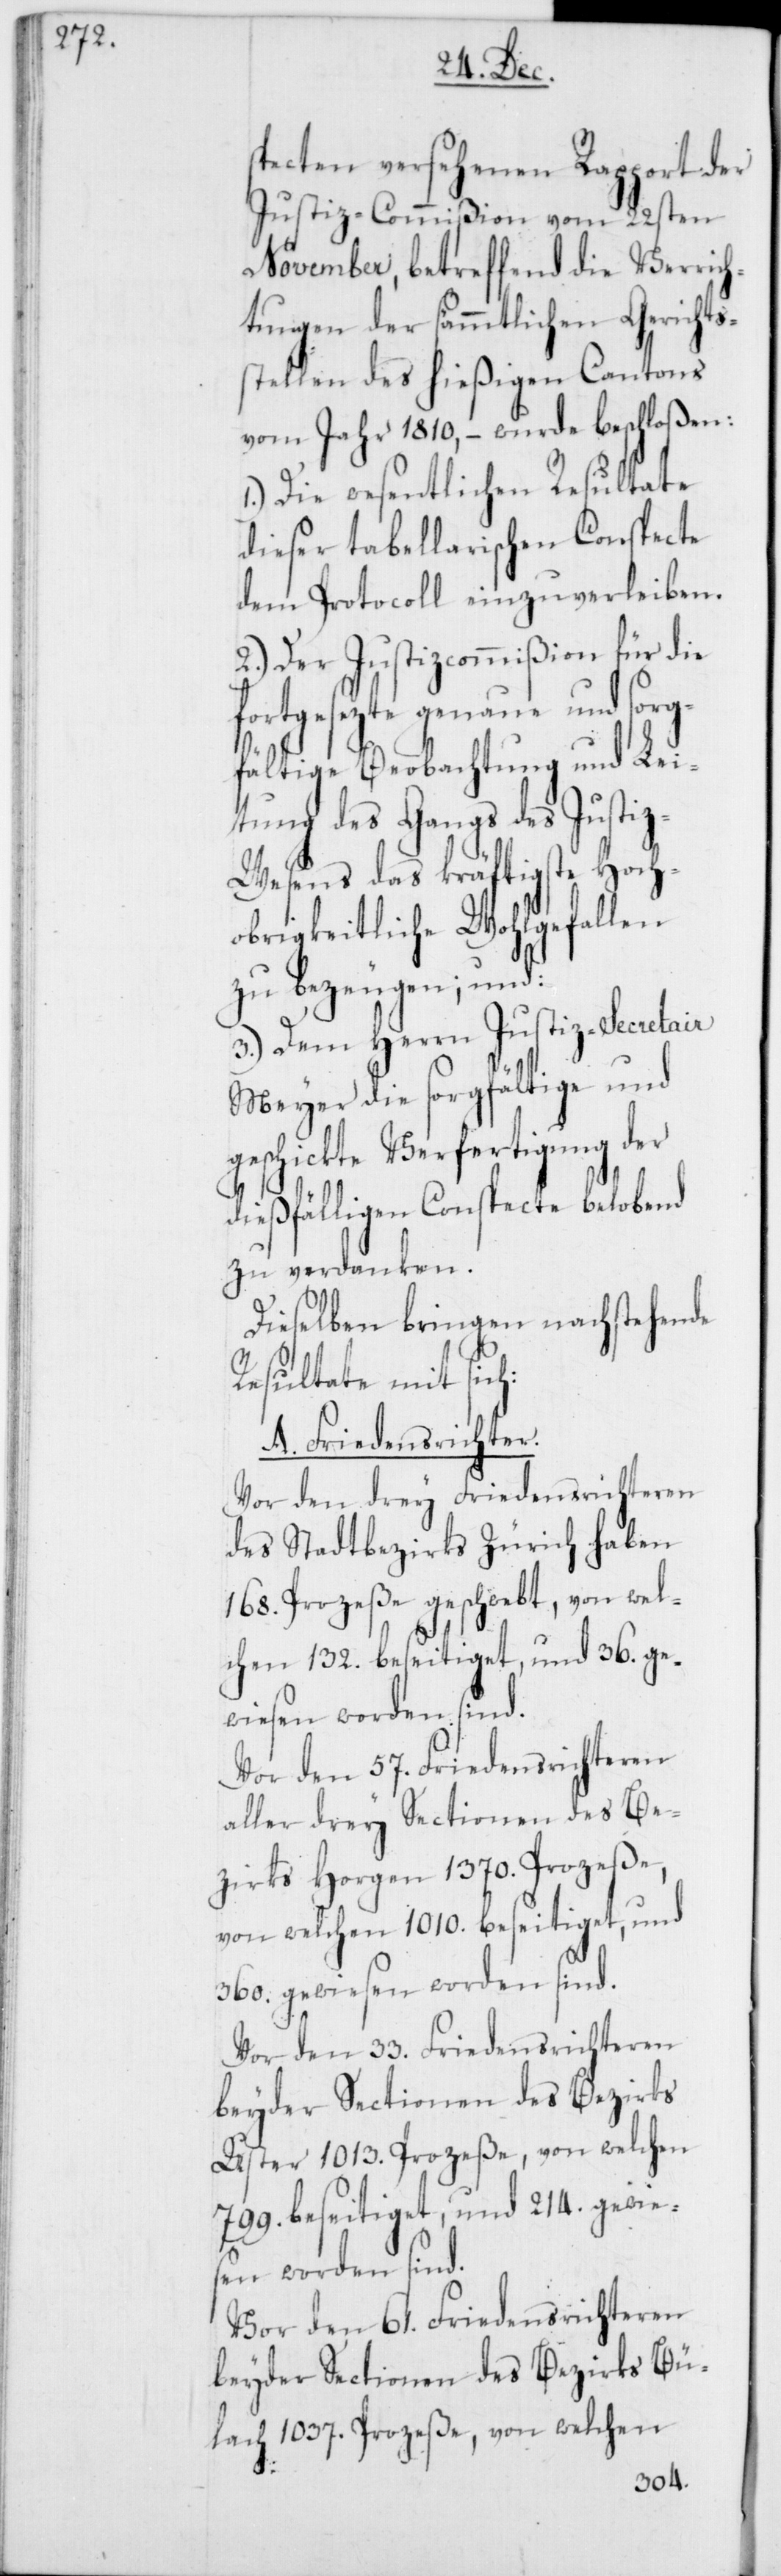
specten versehenen Rapport der
Justiz-Commißion vom 22sten
November, betreffend die Verrich¬
tungen der sämmtlichen Gerichts¬
stellen des hießigen Cantons
vom Jahr 1810, – wurde beschloßen:
1.) Die wesentlichen Resultate
dieser tabellarischen Conspecte
dem Protocoll einzuverleiben.
2.) Der Justizcommißion für die
fortgesezte genaue und sorg¬
fältige Beobachtung und Lei¬
tung des Gangs des Justi¬
z-Wesens das kräftigste Hoch¬
obrigkeitliche Wohlgefallen
zu bezeugen, und:
3.) Dem Herrn Justiz-Secretair
Meyer die sorgfältige und
geschickte Verfertigung der
dießfälligen Conspecte belobend
zu verdanken.
Dieselben bringen nachstehende
Resultate mit sich:
A. Friedensrichter.
Vor den drey Friedensrichteren
des Stadtbezirks Zürich haben
168. Prozeße geschwebt, von wel¬
chen 132. beseitiget, und 36. ge¬
wiesen worden sind.
Vor den 57. Friedensrichteren
aller drey Sectionen des Be¬
zirks Horgen 1370. Prozeße,
von welchen 1010. beseitiget, und
360. gewiesen worden sind.
Vor den 33. Friedensrichteren
beyder Sectionen des Bezirks
Uster 1013. Prozeße, von welchen
799. beseitiget, und 214. gewie¬
sen worden sind.
Vor den 61. Friedensrichteren
beyder Sectionen des Bezirks Bü¬
lach 1037. Prozeße, von welchen